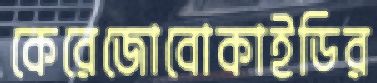
কেরেজোবোকাইডির